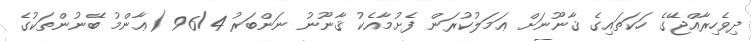
ދިވެހިރާއްޖޭގެ ހަކަތައިގެ ޤާނޫނަށް ޢަމަލުކުރަން ފެށުމާއެކު ޤާނޫނު ނަންބަރު 96/4 (ޢާންމު ބޭނުންތަކުގެ